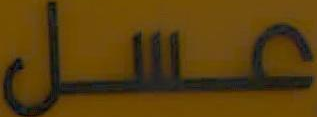
عسل